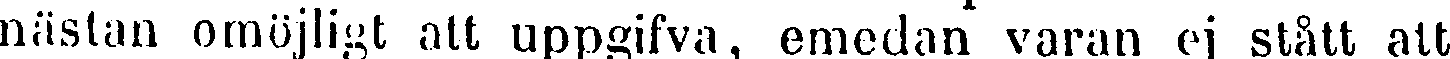
nästan omöjligt att uppgifva, emedan varan ej stått att